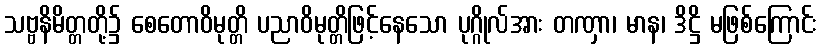
သဗ္ဗနိမိတ္တတို့၌ စေတောဝိမုတ္တိ ပညာဝိမုတ္တိဖြင့်နေသော ပုဂ္ဂိုလ်အား တဏှာ၊ မာန၊ ဒိဋ္ဌိ မဖြစ်ကြောင်း